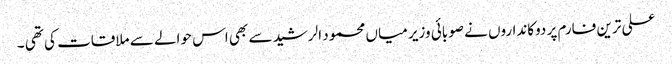
علی ترین فارم پر دوکانداروں نے صوبائی وزیر میاں محمود الرشید سے بھی اس حوالے سے ملاقات کی تھی ۔